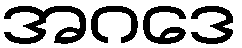
အဂဒေ